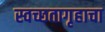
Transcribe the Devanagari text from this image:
स्वच्छतागृहाचा